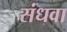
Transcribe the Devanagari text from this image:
संधवा